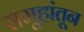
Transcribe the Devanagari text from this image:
समूहांतून